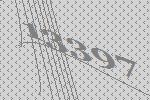
13397